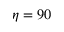
\eta = 9 0